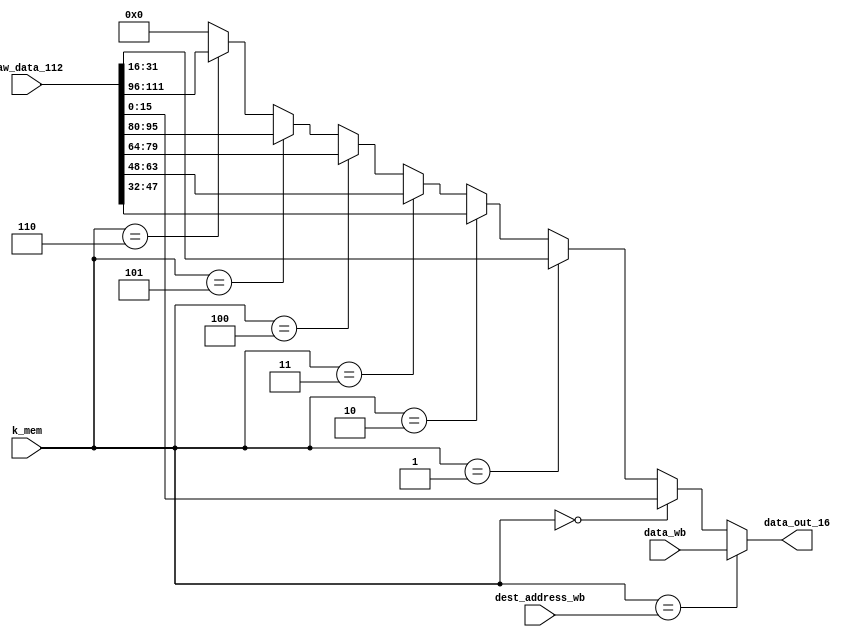
module mod_data(raw_data_112,dest_address_wb,data_wb,k_mem,data_out_16);
input [111:0] raw_data_112;
input [2:0] dest_address_wb,k_mem;
input [15:0] data_wb;
output [15:0] data_out_16;
reg [15:0]out_16;
assign data_out_16=out_16;
always@(raw_data_112,dest_address_wb,data_wb,k_mem)
begin
	if (k_mem==dest_address_wb)
		out_16=data_wb;
	else if (k_mem==3'b000)
		out_16=raw_data_112[15:0];
	else if (k_mem==3'b001)
		out_16=raw_data_112[31:16];
	else if (k_mem==3'b010)
		out_16=raw_data_112[47:32];
	else if (k_mem==3'b011)
		out_16=raw_data_112[63:48];
	else if (k_mem==3'b100)
		out_16=raw_data_112[79:64];
	else if (k_mem==3'b101)
		out_16=raw_data_112[95:80];
	else if (k_mem==3'b110)
		out_16=raw_data_112[111:96];
	else
		out_16=16'b0000000000000000;
end
endmodule

//testbench-working
//`timescale 1 ns/1 ps
//module tb_mod_data;
//reg [111:0] tb_raw_data_112;
//reg [2:0] tb_dest_address_wb,tb_k_mem;
//reg [15:0] tb_data_wb;
//wire [15:0] tb_data_out_16;
//mod_data c2(tb_raw_data_112,tb_dest_address_wb,tb_data_wb,tb_k_mem,tb_data_out_16);
//initial 
//begin
//tb_raw_data_112=112'b1111111111111111000000000000000010101010101010100101010101010101111100001111000000000000111111111111111100001111;
//tb_dest_address_wb=3'b101;
//tb_data_wb=16'b0000000111111110;
//tb_k_mem=3'b000;
//end
//
//
//initial
//begin
//#20;
//tb_k_mem=3'b001;
//#20;
//tb_k_mem=3'b010;
//#20;
//tb_k_mem=3'b011;
//#20;
//tb_k_mem=3'b100;
//#20;
//tb_k_mem=3'b101;
//#20;
//tb_k_mem=3'b110;
//#20;
//tb_k_mem=3'b001;
//#20;
//tb_k_mem=3'b010;
//#20;
//tb_k_mem=3'b011;
//#20;
//tb_k_mem=3'b101;
//end
//
//endmodule